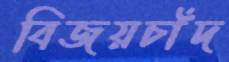
বিজয়চাঁদ